Indian journal of veterinary science and animal husbandry - Volume 8,
Year: 1938
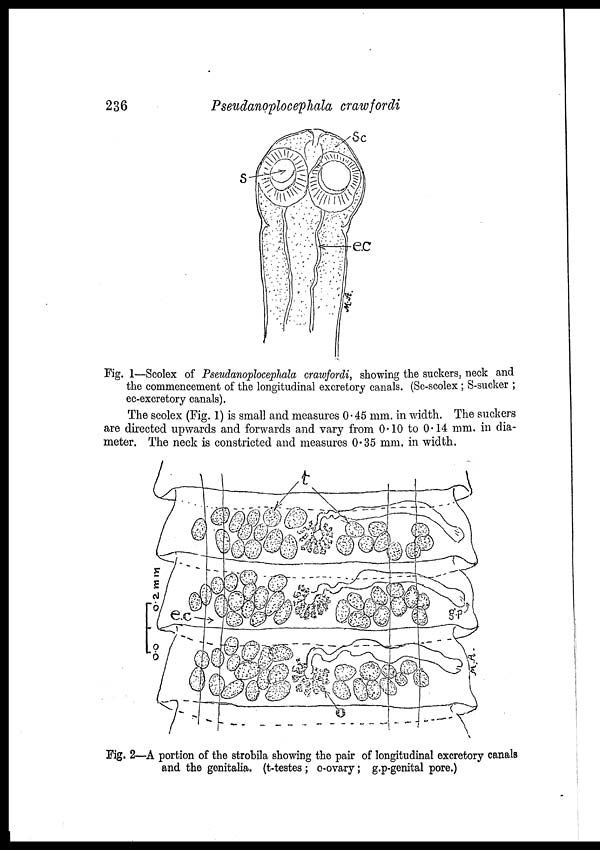
236
Pseudanoplocephala crawfordi
Fig. 1—Scolex of Pseudanoplocephala crawfordi, showing the suckers, neck and
the commencement of the longitudinal excretory canals. (Sc-scolex ; S-sucker ;
ec-excretory canals).
The scolex (Fig. 1) is small and measures 0.45 mm. in width. The suckers
are directed upwards and forwards and vary from 0.10 to 0.14 mm. in dia-
meter. The neck is constricted and measures 0.35 mm. in width.
Fig. 2—A portion of the strobila showing the pair of longitudinal excretory canals
and the genitalia. (t-testes; o-ovary; g.p-genital pore.)